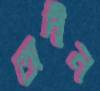
অদীন